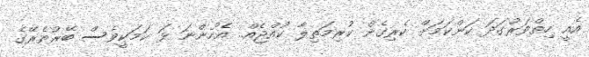
އެއީ ހިތްވަރުގަދަ ކަންކަމަށް ކެރިގެން ކުރިމަތިލާ ކުއްޖެއް.. އެހުންނަ ޅަ ކަމަކީވެސް ބޭރުތެރޭގެ